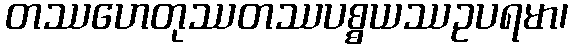
တဿဟေတုဿတဿပစ္စယဿဥပရမာ၊